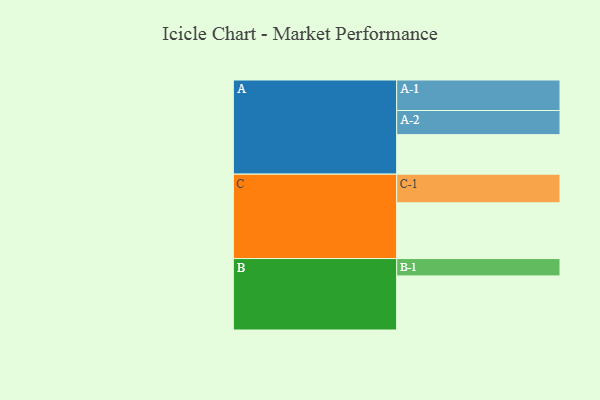
{"axis": {"x": "Segment", "y": "Value"}, "legend": ["", "A", "B", "C"], "data": [{"x": "A", "y": 360, "type": ""}, {"x": "B", "y": 493, "type": ""}, {"x": "C", "y": 508, "type": ""}, {"x": "A-1", "y": 278, "type": "A"}, {"x": "A-2", "y": 220, "type": "A"}, {"x": "B-1", "y": 158, "type": "B"}, {"x": "C-1", "y": 261, "type": "C"}]}